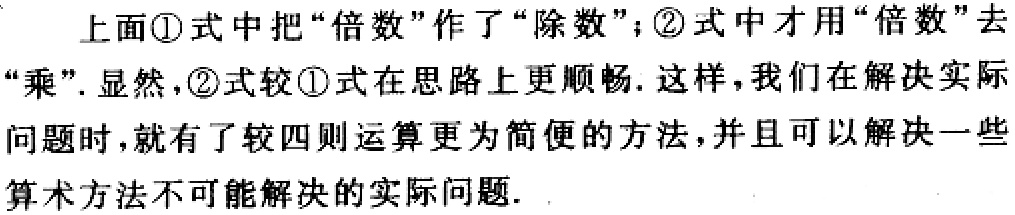
上面\textcircled{1}式中把“倍数”作了“除数”；\textcircled{2}式中才用“倍数”去“乘”. 显然，\textcircled{2}式较\textcircled{1}式在思路上更顺畅. 这样，我们在解决实际问题时，就有了较四则运算更为简便的方法，并且可以解决一些算术方法不可能解决的实际问题.